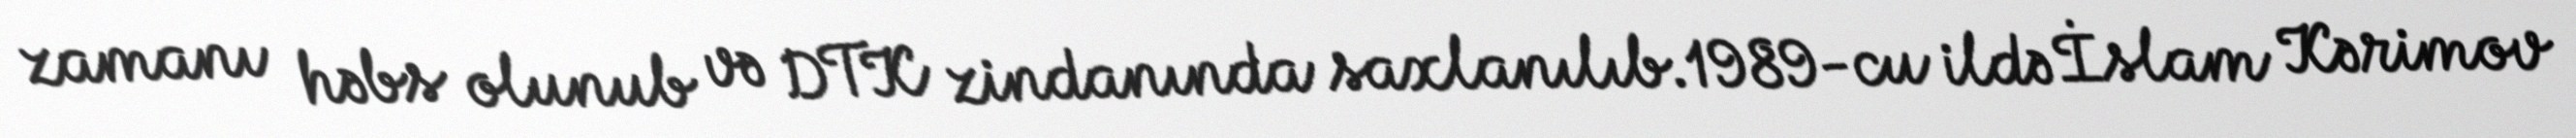
zamanı həbs olunub və DTK zindanında saxlanılıb.1989-cu ildə İslam Kərimov